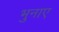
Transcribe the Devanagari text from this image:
भुनाए